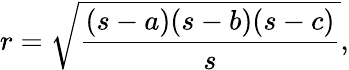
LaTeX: r={\sqrt{\frac{(s-a)(s-b)(s-c)}{s}}},